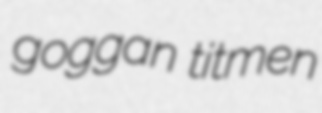
goggan titmen